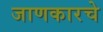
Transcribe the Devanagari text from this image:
जाणकारचे